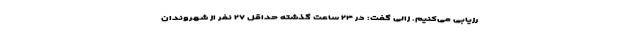
رزیابی می‌کنیم. زالی گفت: در ۲۴ ساعت گذشته حداقل ۲۷ نفر از شهروندان